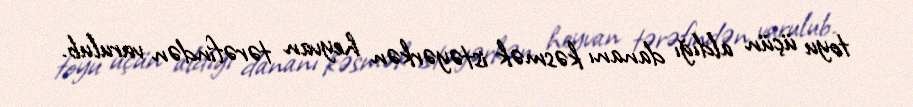
toyu üçün aldığı dananı kəsmək istəyərkən heyvan tərəfindən vurulub.